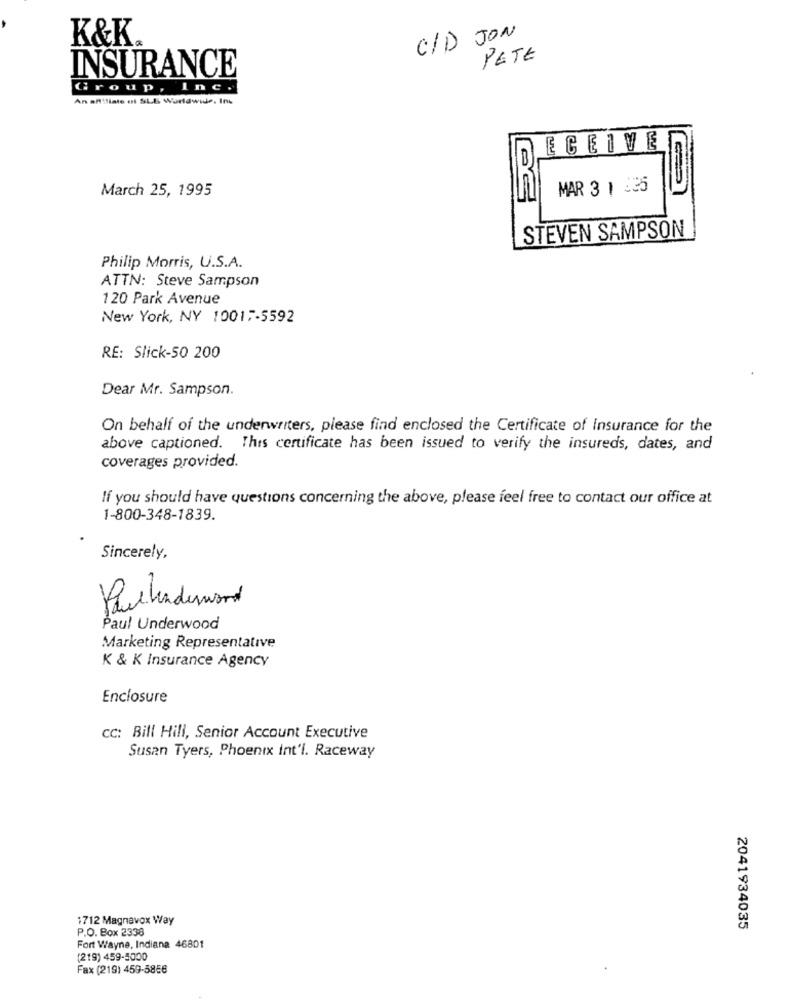
K&K.
C/D JON
PETE
INSURANCE
Group, Inc.
An affiliate ol SLE. Worldwide, Inc
ECEIVE
March 25, 1995
MAR 3 1 35
STEVEN SAMPSON
Philip Morris, U.S.A.
ATTN: Steve Sampson
120 Park Avenue
New York, NY 10017-5592
RE: Slick-50 200
Dear Mr. Sampson.
On behalf of the underwriters, please find enclosed the Certificate of Insurance for the
above captioned. This certificate has been issued to verify the insured's, dates, and
coverages provided.
If you should have questions concerning the above, please feel free to contact our office at
1-800-348-1839.
Sincerely,
Pachaderwand
Paul Underwood
Marketing Representative
K & K Insurance Agency
Enclosure
cc: Bill Hill, Senior Account Executive
Susan Tyers, Phoenix Int'l. Raceway
1712 Magnavox Way
P.O. Box 2338
2041934035
Fort Wayne, Indiana 46801
(219) 459-5000
Fax (219) 459-5856